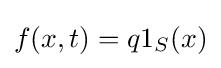
f(x,t)=q1_{S}(x)